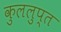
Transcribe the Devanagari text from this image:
कुललुप्त